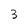
Character: 3